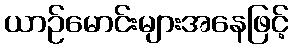
ယာဉ်မောင်းများအနေဖြင့်